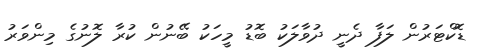
ޑޮކްޓަރުން ލަފާ ދެނީ ދުވާލަކު ބޮޑު މީހަކު ބޭނުން ކުރާ ލޮނުގެ މިންވަރު